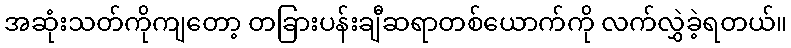
အဆုံးသတ်ကိုကျတော့ တခြားပန်းချီဆရာတစ်ယောက်ကို လက်လွှဲခဲ့ရတယ်။